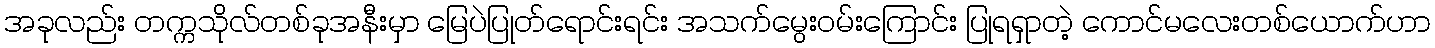
အခုလည်း တက္ကသိုလ်တစ်ခုအနီးမှာ မြေပဲပြုတ်ရောင်းရင်း အသက်မွေးဝမ်းကြောင်း ပြုရရှာတဲ့ ကောင်မလေးတစ်ယောက်ဟာ